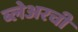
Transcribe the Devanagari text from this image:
ब्लेअरची